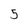
Character: 5